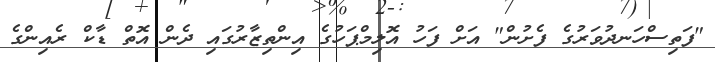
"ފަތިސްހަނދުވަރުގެ ފެށުން" އަށް ފަހު އޮލިމްޕަހުގެ އިންތިޒާރުގައި ދެން އޮތް ޑާކް ރެއިންގެ